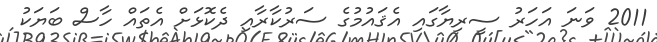
2011 ވަނަ އަހަރު ސީރިޔާގައި އެޤައުމުގެ ސަރުކާރާއި ދެކޮޅަށް އެތައް ހާސް ބަޔަކު